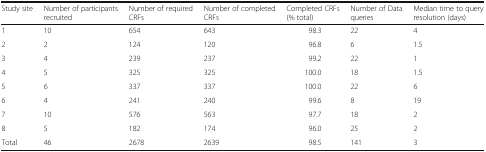
| Study site | Number of participants recruited | Number of required CRFs | Number of completed CRFs | Completed CRFs (% total) | Number of Data queries | Median time to query resolution (days) |
 | --- | --- | --- | --- | --- | --- | --- |
 | 1 | 10 | 654 | 643 | 98.3 | 22 | 4 |
 | 2 | 2 | 124 | 120 | 96.8 | 6 | 1.5 |
 | 3 | 4 | 239 | 237 | 99.2 | 22 | 1 |
 | 4 | 5 | 325 | 325 | 100.0 | 18 | 1.5 |
 | 5 | 6 | 337 | 337 | 100.0 | 22 | 6 |
 | 6 | 4 | 241 | 240 | 99.6 | 8 | 19 |
 | 7 | 10 | 576 | 563 | 97.7 | 18 | 2 |
 | 8 | 5 | 182 | 174 | 96.0 | 25 | 2 |
 | Total | 46 | 2678 | 2639 | 98.5 | 141 | 3 |